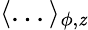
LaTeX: \langle...\rangle_{\phi,\mathit{z}}